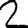
Digit: 2